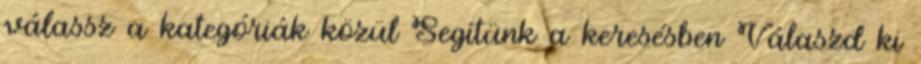
válassz a kategóriák közül Segítünk a keresésben Válaszd ki